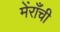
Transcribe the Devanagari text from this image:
मेंराँची